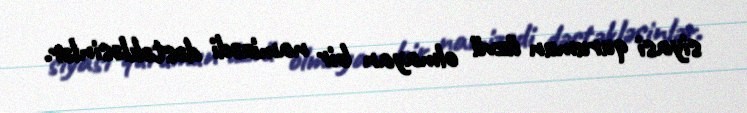
siyasi qurumun üzvü olmayan bir namizədi dəstəkləsinlər.